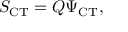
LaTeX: S _ { \mathrm { C T } } = Q \Psi _ { \mathrm { C T } } ,